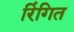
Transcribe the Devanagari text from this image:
रिंगित